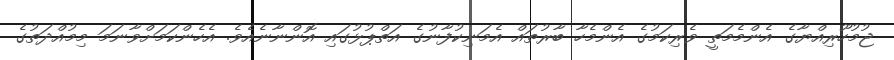
ޖުމުހޫރިއްޔާގެ އެންމެމަތީ ވެރިކަމުގެ އެންމެހާ ބާރުތައް އެމަނިކުފާނުގެ އަތްޕުޅުގައި އޮންނާނެއެވެ. އެހެންކަމަށްވާނަމަ މިމުއްދަތުގެ